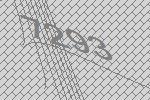
7293